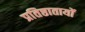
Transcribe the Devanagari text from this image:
प्रतिष्ठातायों